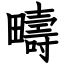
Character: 疇